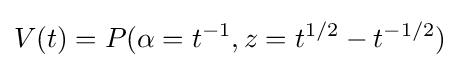
V(t)=P(\alpha =t^{-1},z=t^{1/2}-t^{-1/2})